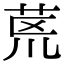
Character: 𮎻